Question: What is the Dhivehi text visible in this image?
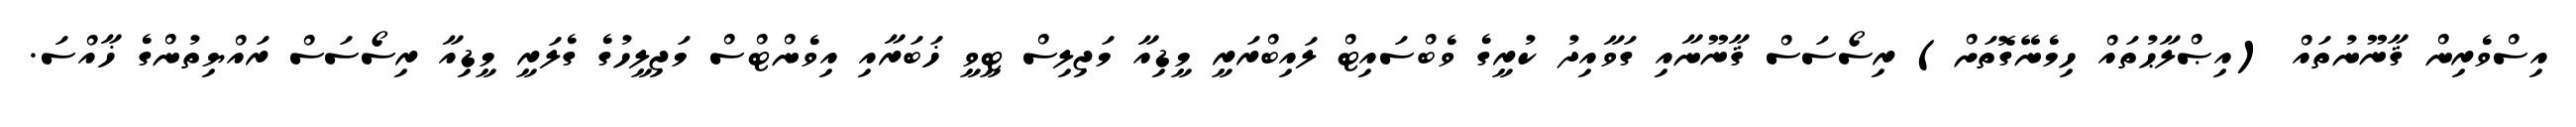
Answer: އިސްވެރިން ޤާނޫނުތައް (އިޞްލާޙުތައް ހިމެނޭގޮތަށް) ރިސޯސަސް ޤާނޫނާއި ގަވާއިދު ކުރީގެ ވެބްސައިޓް ލައިބްރަރީ މީޑިއާ މަޖިލިސް ޓީވީ ޚަބަރާއި އިވެންޓްސް މަޖިލީހުގެ ގެލަރީ މީޑިއާ ރިސޯސަސް ރައްޔިތުންގެ ޚާއްސަ.